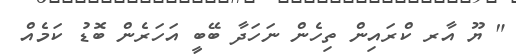
" ޔޫ އާރ ކްރައިން ތިހެން ނަހަދާ ބޭބީ އަހަރެން ބޮޑު ކަމެއް